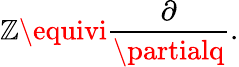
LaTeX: \mathbb{Z}\equivi\frac{{\partial}}{{\partialq}}.